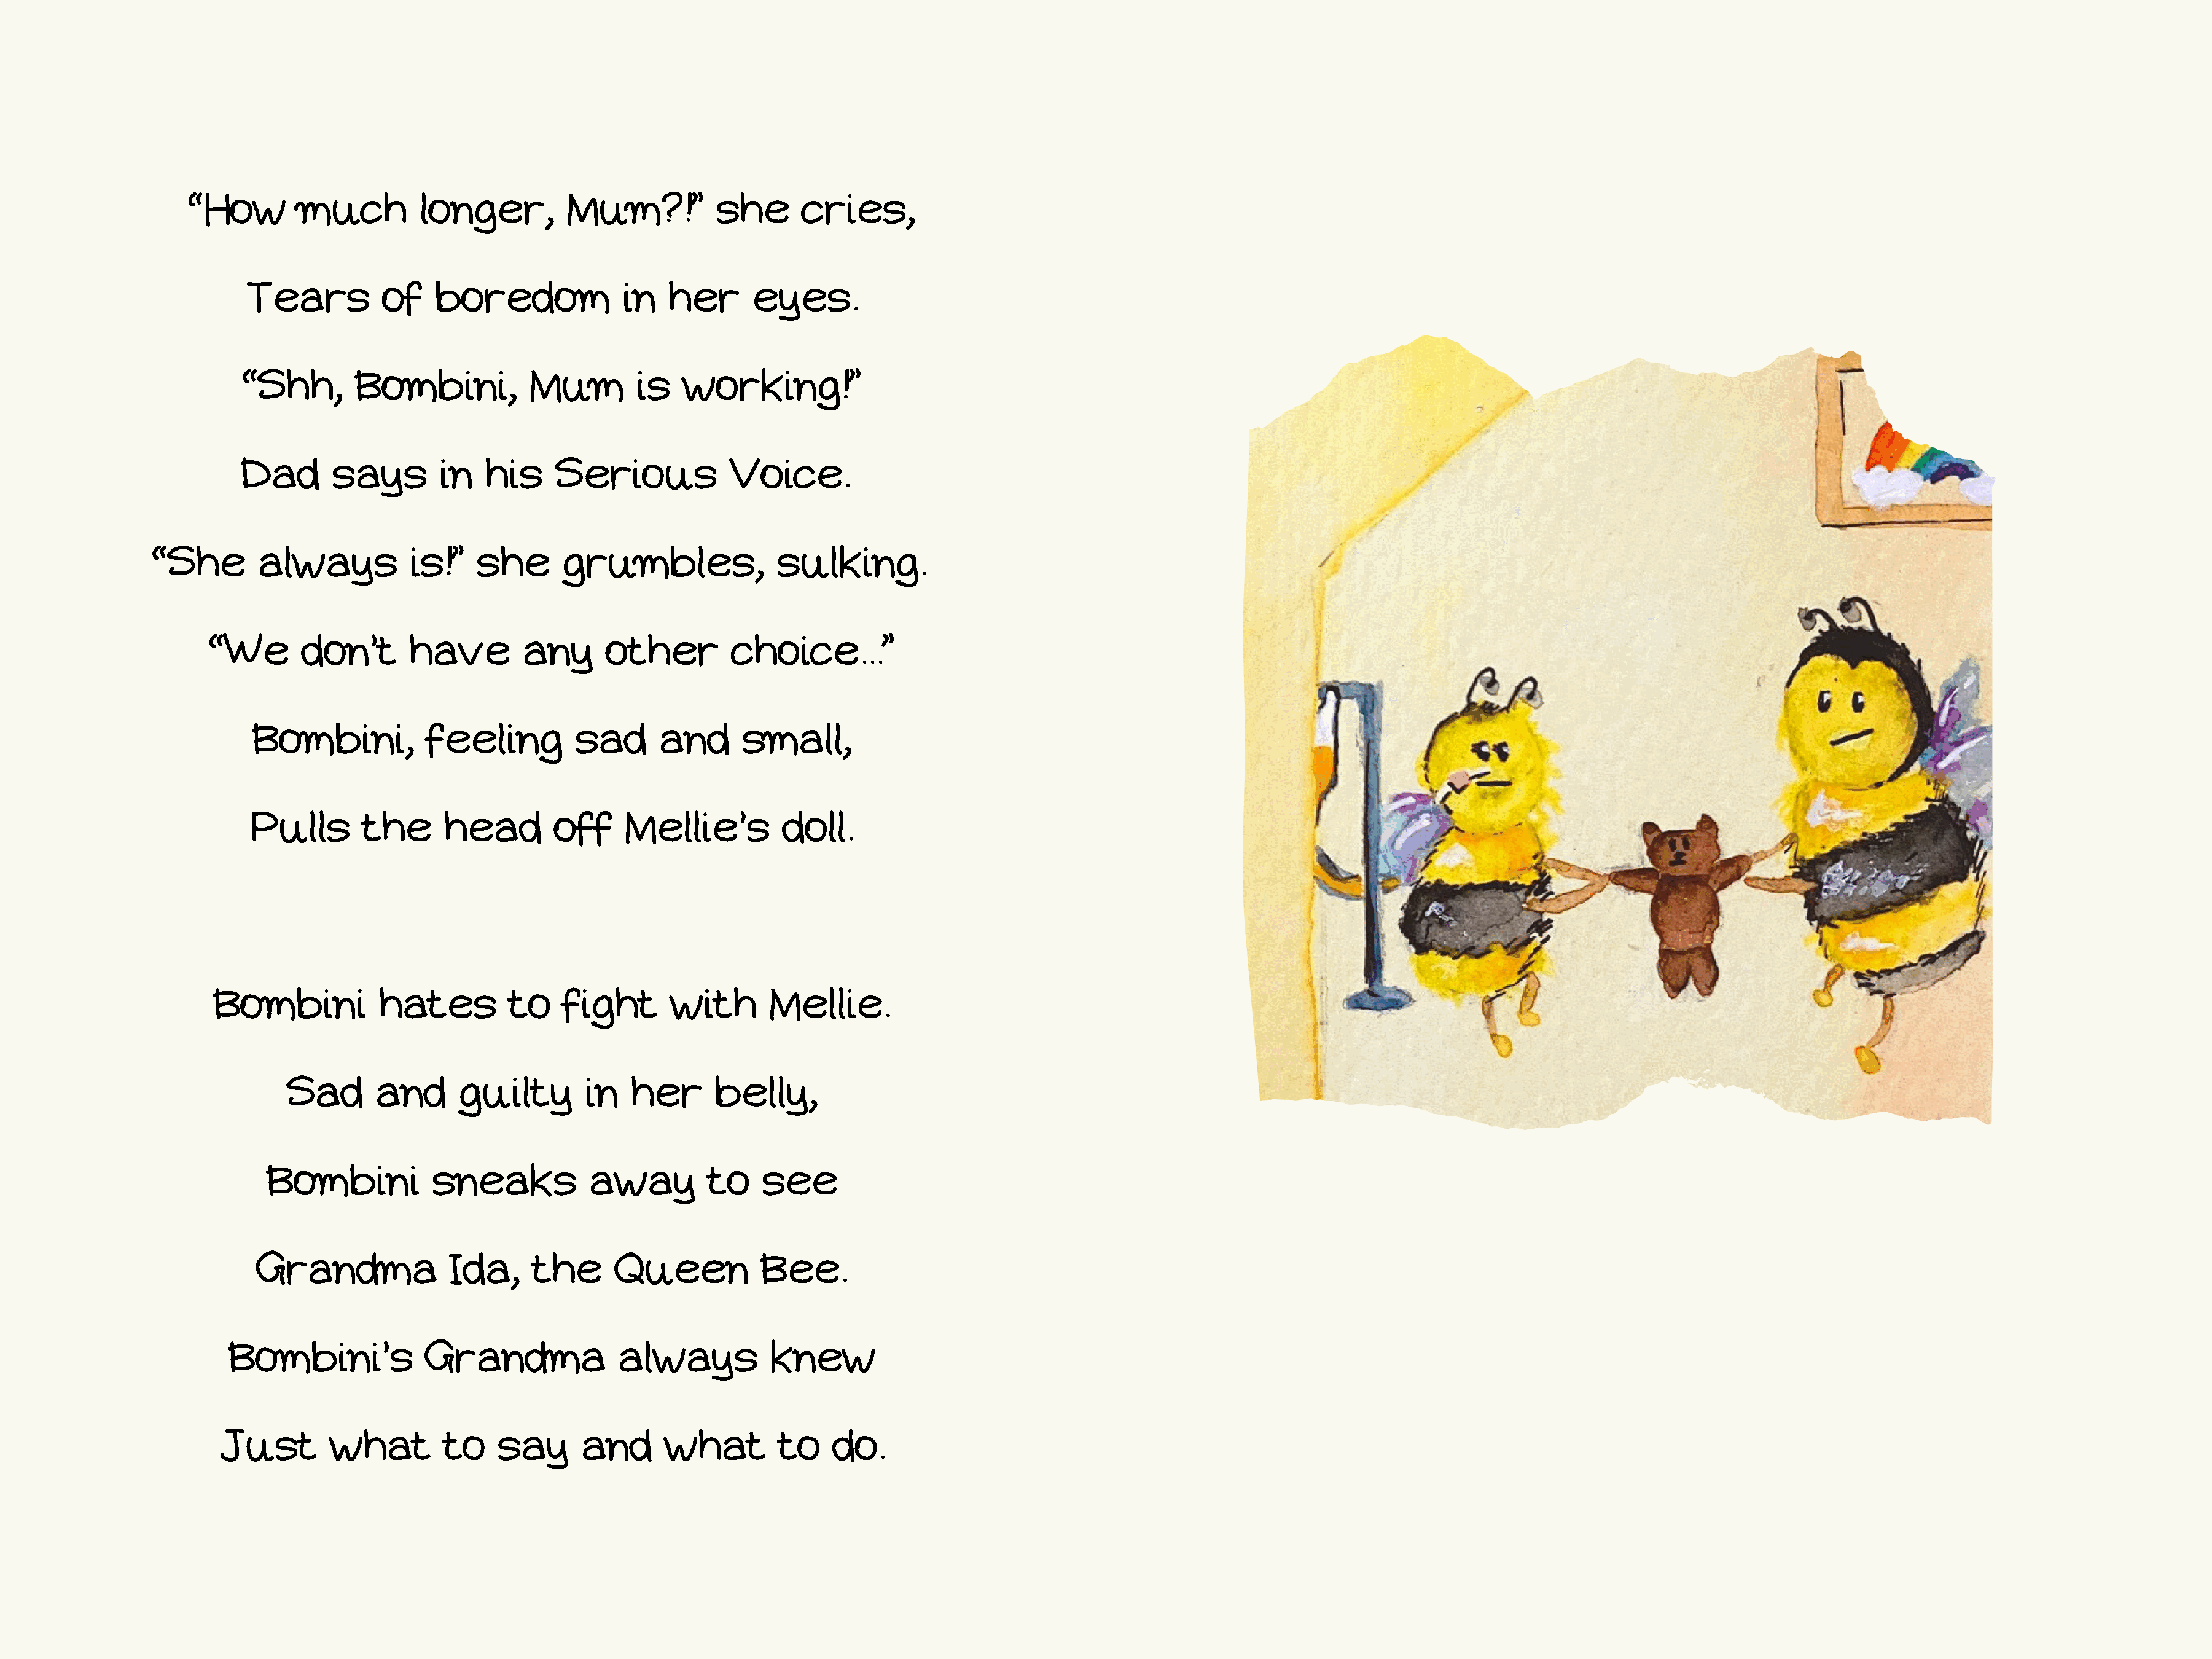
“How        much         longer,         Mum?!”          she      cries,
 Tears         of    boredom             in   her      eyes.
 “Shh,       Bombini,           Mum         is   working!”
 Dad       says       in   his     Serious            Voice.
 “She       always          is!”   she       grumbles,              sulking.
 “We       don’t      have        any      other         choice...”
 Bombini,           feeling         sad      and      small,
 Pulls       the      head        off    Mellie’s         doll.
 Bombini           hates         to    fight      with       Mellie.
 Sad       and     guilty        in   her      belly,
 Bombini           sneaks           away        to    see
 Grandma              Ida,    the      Queen           Bee.
 Bombini’s            Grandma              always          knew
 Just        what        to    say      and      what        to    do.